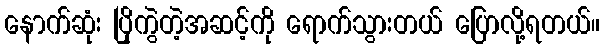
နောက်ဆုံး ပြိုကွဲတဲ့အဆင့်ကို ရောက်သွားတယ် ပြောလို့ရတယ်။